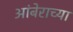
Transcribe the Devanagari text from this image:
आंबेराच्या